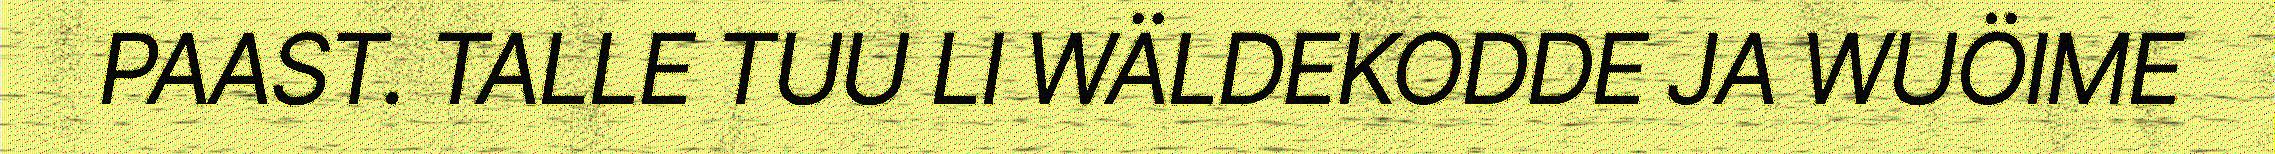
PAAST. TALLE TUU LI WÄLDEKODDE JA WUÖIME